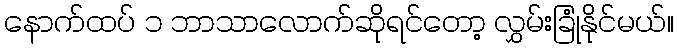
နောက်ထပ် ၁ ဘာသာလောက်ဆိုရင်တော့ လွှမ်းခြုံနိုင်မယ်။